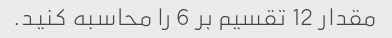
مقدار 12 تقسیم بر 6 را محاسبه کنید.